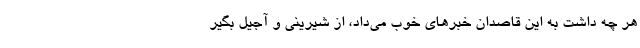
هر چه داشت به این قاصدان خبرهای خوب می‌داد، از شیرینی و آجیل بگیر